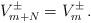
LaTeX: \begin{align*}V^{\pm}_{m+N}=V^{\pm}_m \, . \end{align*}